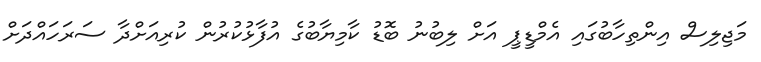
މަޖިލިސް އިންތިހާބުގައި އެމްޑީޕީ އަށް ލިބުނު ބޮޑު ކާމިޔާބުގެ އުފާޅުކުރުން ކުރިއަށްދާ ސަރަހައްދަށް